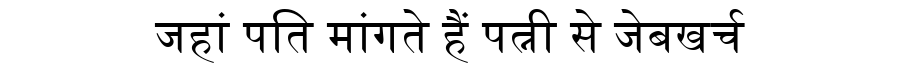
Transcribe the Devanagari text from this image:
जहां पति मांगते हैं पत्नी से जेबखर्च